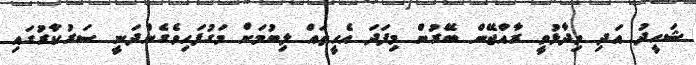
ޝަހީދު އަދި ވިދާޅުވީ ރާއްޖޭން ބޭރުން މިފަދަ އެހީތައް ލިބުމަށް މަގުފަހިވެގެންދަނީ ސަރުކާރުގައި